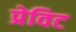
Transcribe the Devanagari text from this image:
प्रेविट